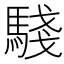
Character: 𩤊